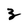
Character: 3